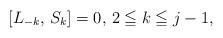
LaTeX: \begin{align*}[L_{-k}, \, S_k] = 0, \, 2 \leqq k \leqq j-1,\end{align*}